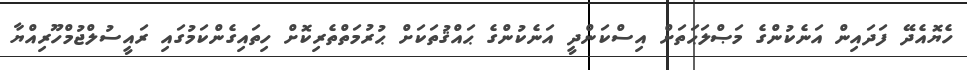
ހެޔޮއެދޭ ފަދައިން އަނެކުންގެ މަޞްލަޙަތަށް އިސްކަންދީ އަނެކުންގެ ޙައްޤުތަކަށް ޙުރުމަތްތެރިކޮށް ހިތައިގެންކަމުގައި ރައީސުލްޖުމްހޫރިއްޔާ